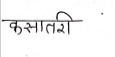
मजकूर: कसातरी